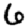
Digit: 6